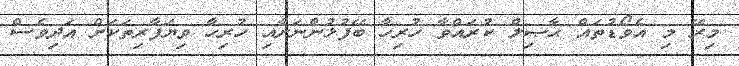
މިރޭ މި އެވޯޑުތައް ޙާޞިލް ކުރައްވާ ހުރިހާ ބޭފުޅުންނަށާއި ހުރިހާ ވިޔަފާރިތަކަށް އަދިވެސް